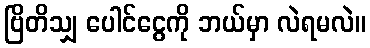
ဗြိတိသျှ ပေါင်ငွေကို ဘယ်မှာ လဲရမလဲ။